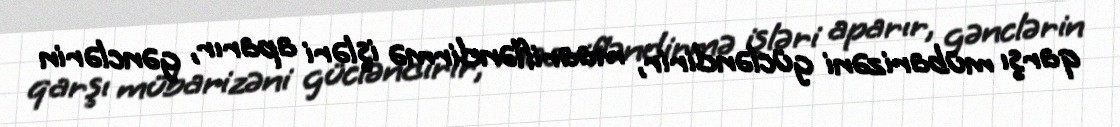
qarşı mübarizəni gücləndirir, maarifləndirmə işləri aparır, gənclərin